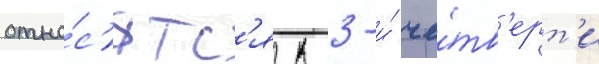
отно́с'ятс'я к 3-и́ че́тв'ерт'и